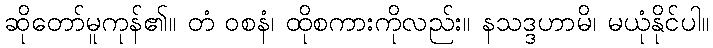
ဆိုတော်မူကုန်၏။ တံ ဝစနံ၊ ထိုစကားကိုလည်း။ နသဒ္ဒဟာမိ၊ မယုံနိုင်ပါ။